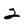
Character: 2